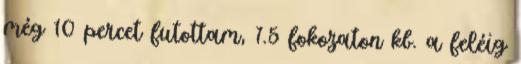
még 10 percet futottam, 7.5 fokozaton kb. a feléig